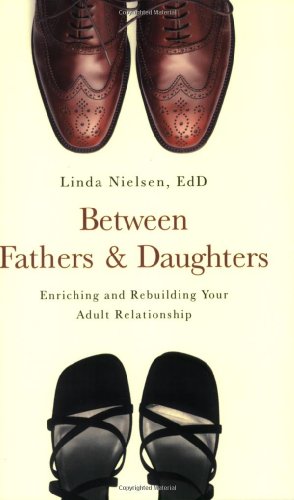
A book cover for Between Fathers and Daughters: Enriching and Rebuilding Your Adult Relationship; Linda Nielsen; Parenting & Relationships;